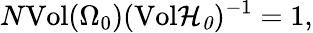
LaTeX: N\mathrm{Vol}(\Omega_{0})(\mathrm{Vol}{\cal H_{0}})^{-1}=1,